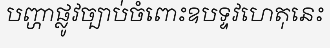
បញ្ហាផ្លូវច្បាប់ចំពោះឧបទ្ទវហេតុនេះ